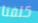
كلفنا